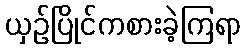
ယှဉ်ပြိုင်ကစားခဲ့ကြရာ